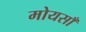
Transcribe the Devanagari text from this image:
मोयसाँ